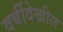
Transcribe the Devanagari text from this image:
वर्षीदेखील